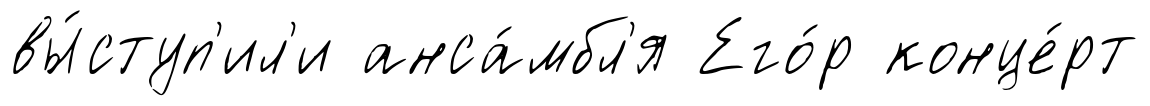
вы́ступ'ил'и анса́мбл'я Его́р конце́рт